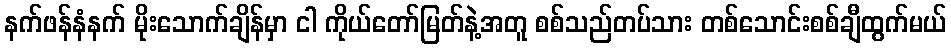
နက်ဖန်နံနက် မိုးသောက်ချိန်မှာ ငါ ကိုယ်တော်မြတ်နဲ့အတူ စစ်သည်တပ်သား တစ်သောင်းစစ်ချီထွက်မယ်